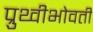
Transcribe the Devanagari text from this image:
प्रुथ्वीभोवती